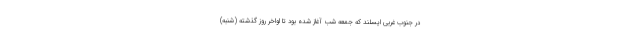
در جنوب غربی ایسلند که جمعه شب آغاز شده بود تا اواخر روز گذشته (شنبه)